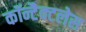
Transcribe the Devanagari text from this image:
कॉन्टैक्टलेस